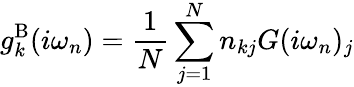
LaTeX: g_{k}^{\textrm{B}}(i\omega_{n})=\frac{1}{N}\sum_{j=1}^{N}n_{kj}G(i\omega_{n})_{j}